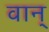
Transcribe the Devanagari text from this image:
वान्